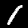
Digit: 1